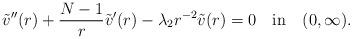
LaTeX: \begin{align*}\tilde{v}''(r)+\frac{N-1}{r}\tilde{v}'(r)-\lambda_2 r^{-2}\tilde{v}(r)=0\quad\mbox{in}\quad(0,\infty). \end{align*}